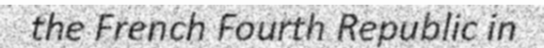
the French Fourth Republic in